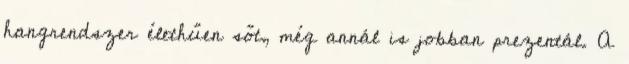
hangrendszer élethűen sőt, még annál is jobban prezentál. A